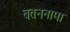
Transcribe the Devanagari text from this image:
वतननामा